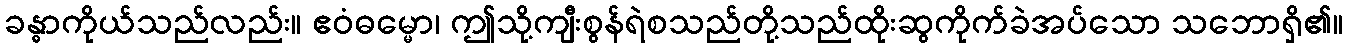
ခန္ဓာကိုယ်သည်လည်း။ ဧဝံဓမ္မော၊ ဤသို့ကျီးစွန်ရဲစသည်တို့သည်ထိုးဆွကိုက်ခဲအပ်သော သဘောရှိ၏။